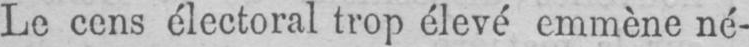
Le cens électoral trop élevé emmène né-